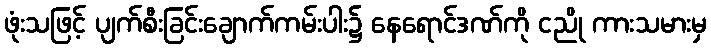
ဖုံးသဖြင့် ပျက်စီးခြင်းချောက်ကမ်းပါး၌ နေရောင်ဒဏ်ကို ငညို ကားသမားမှ